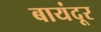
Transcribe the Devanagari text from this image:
बायंदूर